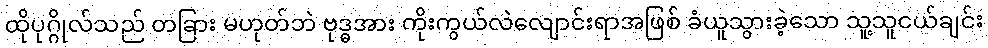
ထိုပုဂ္ဂိုလ်သည် တခြား မဟုတ်ဘဲ ဗုဒ္ဓအား ကိုးကွယ်လဲလျောင်းရာအဖြစ် ခံယူသွားခဲ့သော သူ့သူငယ်ချင်း